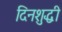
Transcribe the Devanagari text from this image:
दिनशुद्धी